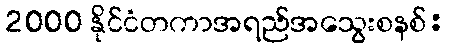
2000 နိုင်ငံတကာအရည်အသွေးစနစ်: